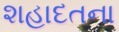
શહાદતના